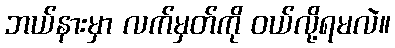
ဘယ်နားမှာ လက်မှတ်ကို ဝယ်လို့ရမလဲ။